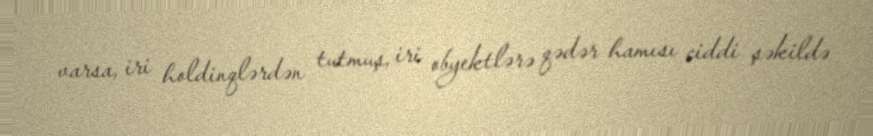
varsa, iri holdinqlərdən tutmuş, iri obyektlərə qədər hamısı ciddi şəkildə